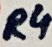
Text: R4